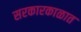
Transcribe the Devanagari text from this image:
सरकारकाळात